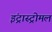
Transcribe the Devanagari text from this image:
इंट्रास्ट्रोमल